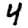
Digit: 4